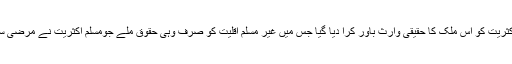
چنانچہ مسلم اکثریت کو اس ملک کا حقیقی وارث باور کرا دیا گیا جس میں غیر مسلم اقلیت کو صرف وہی حقوق ملے جومسلم اکثریت نے مرضی سے دینا چاہے۔